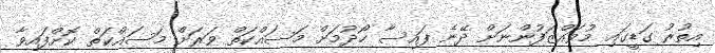
އިތުރު ގަޑީގައި މުވައްޒަފުންނަށް ދޭނެ ފައިސާ ހޯދުމަށް މަސައްކަތް ވަރަށް މަސައްކަތް ކޮށްފައިވާ